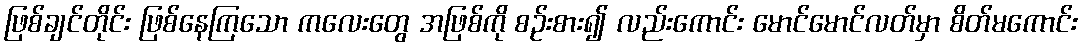
ဖြစ်ချင်တိုင်း ဖြစ်နေကြသော ကလေးတွေ အဖြစ်ကို စဉ်းစား၍ လည်းကောင်း မောင်မောင်လတ်မှာ စိတ်မကောင်း